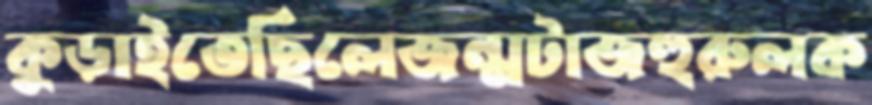
কুড়াইতেছিলেজন্মটাজহুরুলক